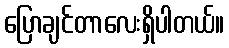
ပြောချင်တာလေးရှိပါတယ်။